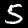
Label: 5